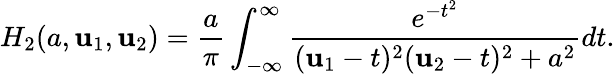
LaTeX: H_{2}(a,\mathbf{u}_{1},\mathbf{u}_{2})={\frac{{a}}{{\pi}}}\int_{-\infty}^{\infty}{\frac{{e^{-t^{2}}}}{{(\mathbf{u}_{1}-t)^{2}(\mathbf{u}_{2}-t)^{2}+a^{2}}}}dt.